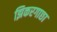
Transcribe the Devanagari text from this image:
झिकरगाछा